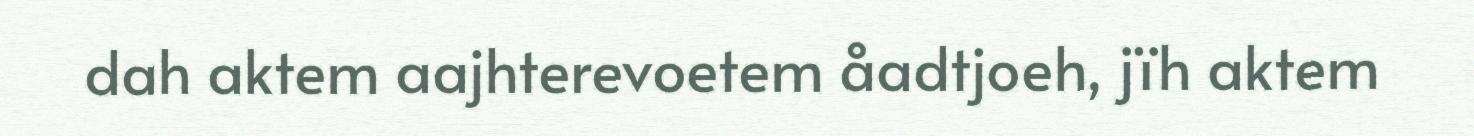
dah aktem aajhterevoetem åadtjoeh, jïh aktem